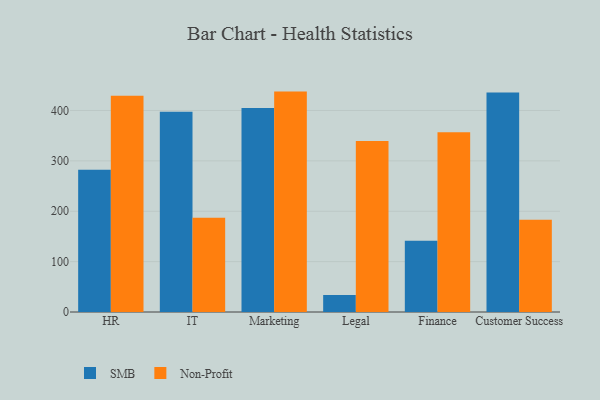
{"axis": {"x": "Department", "y": "Website Visitors"}, "legend": ["Non-Profit", "SMB"], "data": [{"x": "HR", "y": 282.4, "type": "SMB"}, {"x": "HR", "y": 429.1, "type": "Non-Profit"}, {"x": "IT", "y": 397.6, "type": "SMB"}, {"x": "IT", "y": 187.3, "type": "Non-Profit"}, {"x": "Marketing", "y": 405.1, "type": "SMB"}, {"x": "Marketing", "y": 437.5, "type": "Non-Profit"}, {"x": "Legal", "y": 33.5, "type": "SMB"}, {"x": "Legal", "y": 339.2, "type": "Non-Profit"}, {"x": "Finance", "y": 141.6, "type": "SMB"}, {"x": "Finance", "y": 356.8, "type": "Non-Profit"}, {"x": "Customer Success", "y": 435.7, "type": "SMB"}, {"x": "Customer Success", "y": 183.2, "type": "Non-Profit"}]}